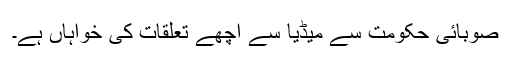
صوبائی حکومت سے میڈیا سے اچھے تعلقات کی خواہاں ہے۔